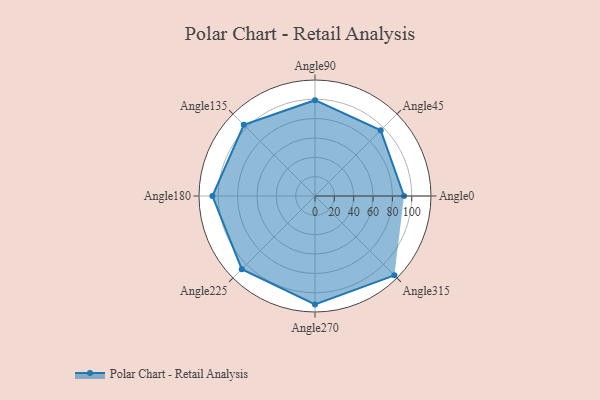
{"axis": {"x": "Angle", "y": "Radius"}, "legend": [""], "data": [{"x": "Angle0", "y": 92.0, "type": ""}, {"x": "Angle45", "y": 96.0, "type": ""}, {"x": "Angle90", "y": 99.0, "type": ""}, {"x": "Angle135", "y": 104.0, "type": ""}, {"x": "Angle180", "y": 106.0, "type": ""}, {"x": "Angle225", "y": 107.0, "type": ""}, {"x": "Angle270", "y": 112.0, "type": ""}, {"x": "Angle315", "y": 116.0, "type": ""}]}